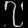
Digit: ၇